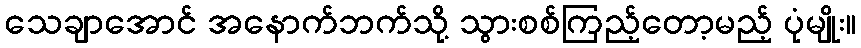
သေချာအောင် အနောက်ဘက်သို့ သွားစစ်ကြည့်တော့မည့် ပုံမျိုး။